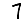
Digit: 7